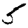
Digit: 5